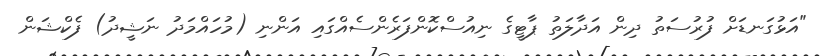
"އަޅުގަނޑަށް ފުރުސަތު ދިން އަދާލަތު ޕާޓީގެ ނިއުސްކޮންފަރެންސެއްގައި އަންނި (މުހައްމަދު ނަޝީދު) ފެކްޝަން